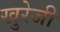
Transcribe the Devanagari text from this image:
खुरेजी